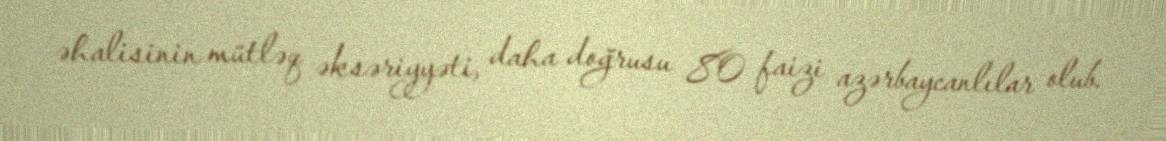
əhalisinin mütləq əksəriyyəti, daha doğrusu 80 faizi azərbaycanlılar olub.